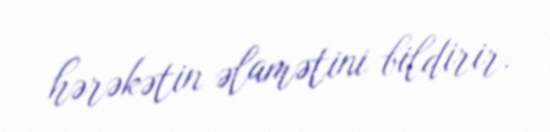
hərəkətin əlamətini bildirir.